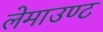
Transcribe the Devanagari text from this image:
लेमाउण्ट